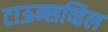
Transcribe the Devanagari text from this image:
टाऊन्सव्हिल